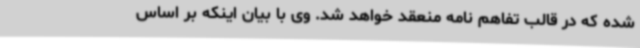
شده که در قالب تفاهم نامه منعقد خواهد شد. وی با بیان اینکه بر اساس